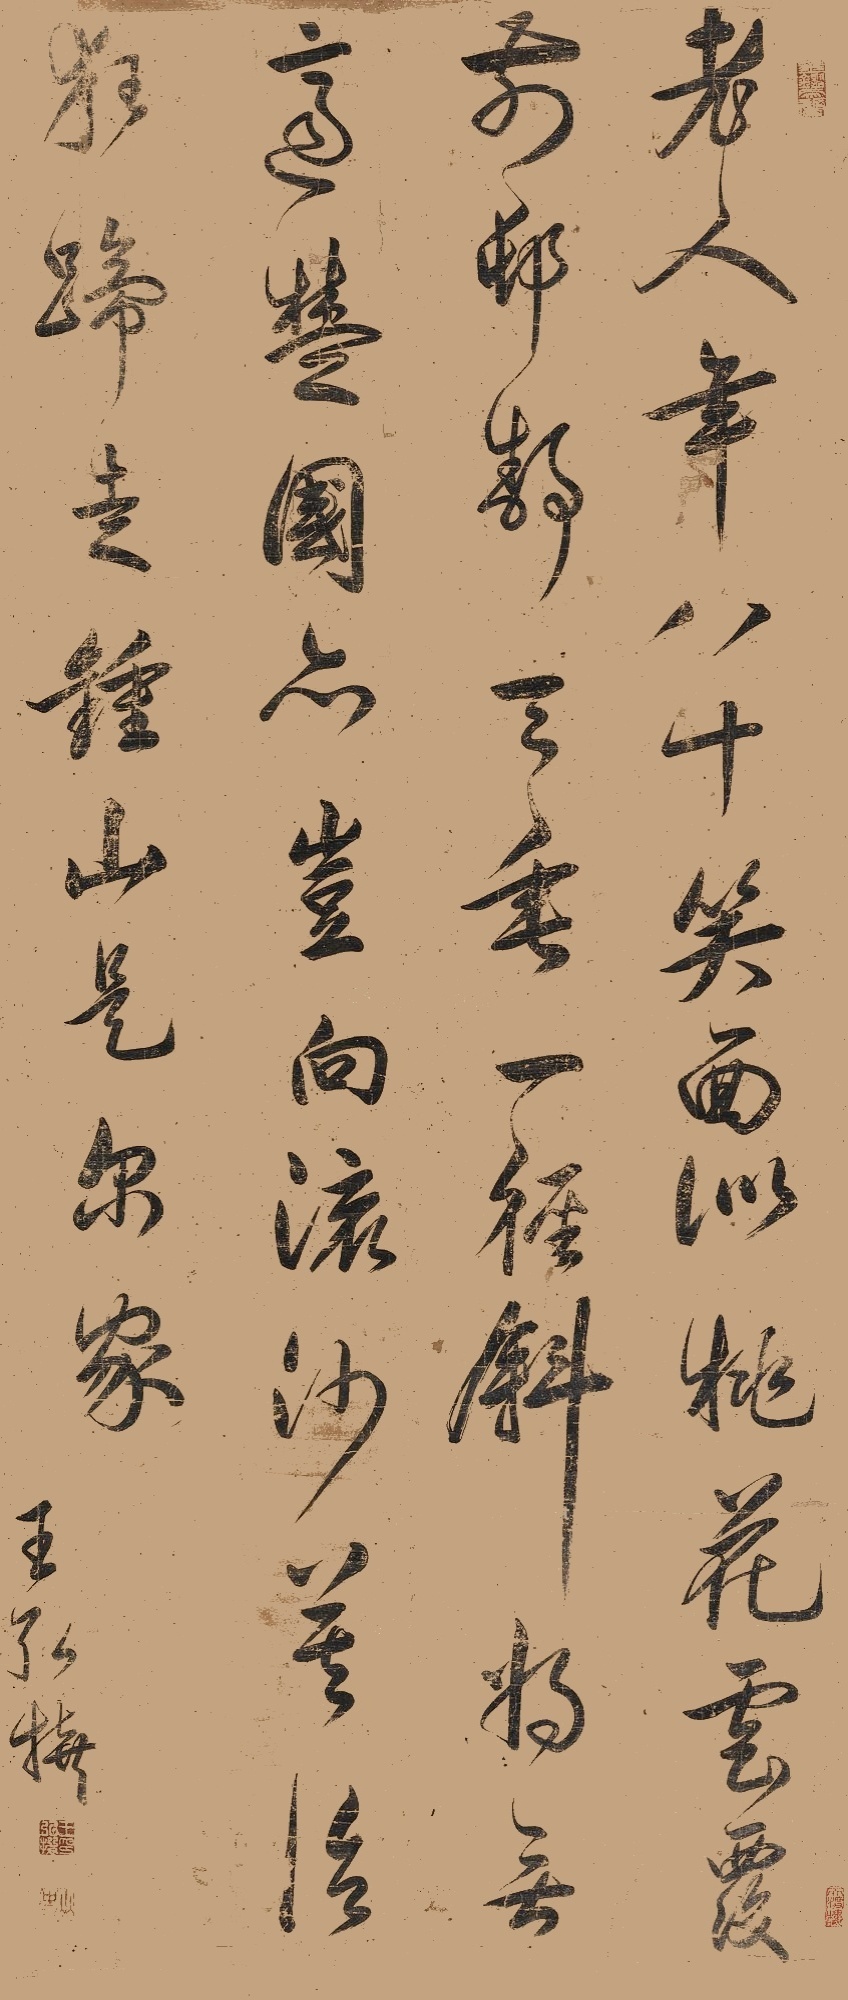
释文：老人年八十，笑面似桃花。云覆前村静，天垂一径斜。将无适楚国，亦岂向流沙。莫治狂蹄走，钟山是尔家。王弘撰。